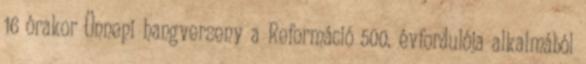
16 órakor Ünnepi hangverseny a Reformáció 500. évfordulója alkalmából